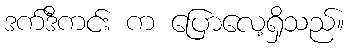
ဒက်ဒီကင်း က ပြောလေ့ရှိသည်။